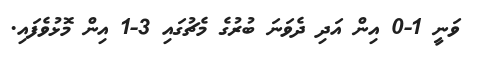
ވަނީ 1-0 އިން އަދި ދެވަނަ ބުރުގެ މެޗުގައި 3-1 އިން މޮޅުވެފައި.